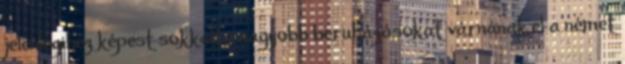
jelenlegihez képest sokkalta nagyobb beruházásokat várnának el a német